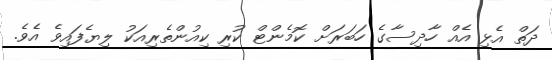
ދަތް އެޅި އެއް ހާދިސާގެ ހަބަރަށް ކޮމެންޓް ކުރި ކިއުންތެރިއަކު ލިޔެފައިވެ އެވެ.